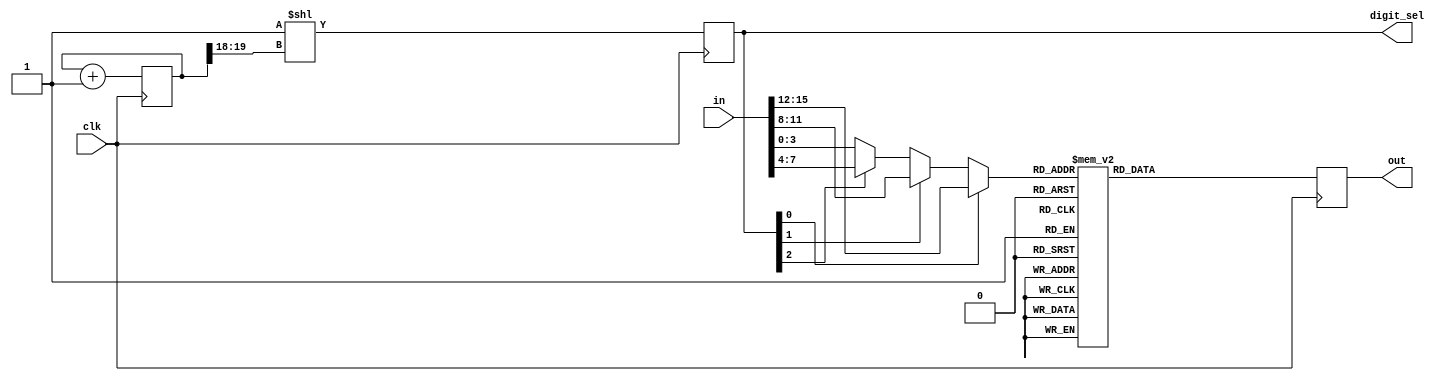
module seg4x7(
	input		wire	clk,			// 100MHZ
	input		wire	[15:0] in,
	output	reg	[3:0] digit_sel,
	output	reg	[7:0] out
);

reg     [19:0] cnt;
always @ (posedge clk)
	cnt <= cnt +1'b1;

wire [1:0]digit_idx; assign digit_idx = cnt[19:18];
always @ (posedge clk)
	digit_sel <= 4'b0001 << digit_idx;

wire [3:0]a;
assign a = 	digit_sel[0] ? in[15:12] : 
				digit_sel[1] ? in[11:8] : 
				digit_sel[2] ? in[7:4]: in[3:0];
	
always @ (posedge clk)
	case(a)
		//	bAfCgD.e  
		4'h0:out <= 8'b00001010;//0
		4'h1:out <= 8'b01101111;//1
		4'h2:out <= 8'b00110010;//2
		4'h3:out <= 8'b00100011;//3
		4'h4:out <= 8'b01000111;//4
		4'h5:out <= 8'b10000011;//5
		4'h6:out <= 8'b10000010;//6
		4'h7:out <= 8'b00101111;//7
		4'h8:out <= 8'b00000010;//8
		4'h9:out <= 8'b00000011;//9
		4'ha:out <= 8'b00000110;//a
		4'hb:out <= 8'b11000010;//b
		4'hc:out <= 8'b10011010;//c
		4'hd:out <= 8'b01100010;//d
		4'he:out <= 8'b10010010;//e
		4'hf:out <= 8'b10010100;//f
	endcase

endmodule